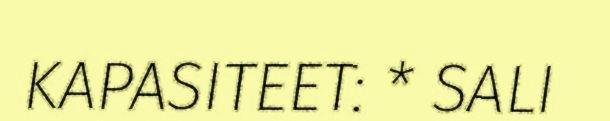
KAPASITEET: * SALI